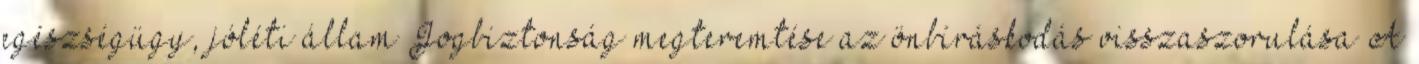
egészségügy, jóléti állam Jogbiztonság megteremtése az önbíráskodás visszaszorulása A